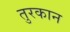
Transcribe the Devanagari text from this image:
तुरकान